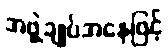
အဖွဲ့ချုပ်အနေဖြင့်